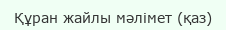
Құран жайлы мәлімет (қаз)